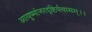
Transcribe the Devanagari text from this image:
आयुष्मांजरदृष्टिर्यथासम्।।